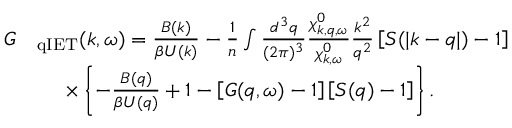
\begin{array} { r l } { G } & { _ { \mathrm { q I E T } } ( \boldsymbol { k } , \omega ) = \frac { { B } ( \boldsymbol { k } ) } { \beta { U } ( \boldsymbol { k } ) } - \frac { 1 } { n } \int \frac { d ^ { 3 } q } { ( 2 \pi ) ^ { 3 } } \frac { \chi _ { \boldsymbol { k } , \boldsymbol { q } , \omega } ^ { 0 } } { \chi _ { \boldsymbol { k } , \omega } ^ { 0 } } \frac { k ^ { 2 } } { q ^ { 2 } } \left[ S ( | \boldsymbol { k } - \boldsymbol { q } | ) - 1 \right] } \\ & { \, \, \quad \times \left\{ - \frac { B ( \boldsymbol { q } ) } { \beta { U } ( \boldsymbol { q } ) } + 1 - \left[ G ( \boldsymbol { q } , \omega ) - 1 \right] \left[ S ( \boldsymbol { q } ) - 1 \right] \right\} . } \end{array}